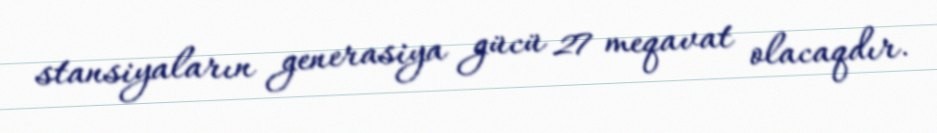
stansiyaların generasiya gücü 27 meqavat olacaqdır.